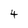
Character: 4